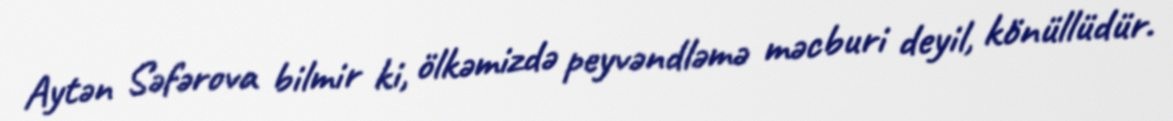
Aytən Səfərova bilmir ki, ölkəmizdə peyvəndləmə məcburi deyil, könüllüdür.